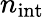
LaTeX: n_{\mathrm{int}}